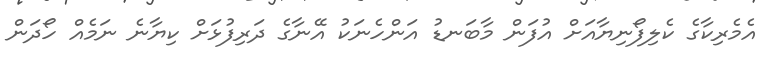
އެމެރިކާގެ ކެލިފޯނިޔާއަށް އުފަން މާބަނޑު އަންހެނަކު އޭނާގެ ދަރިފުޅަށް ކިޔާނެ ނަމެއް ހޯދަން